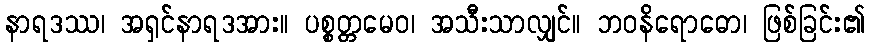
နာရဒဿ၊ အရှင်နာရဒအား။ ပစ္စတ္တမေဝ၊ အသီးသာလျှင်။ ဘဝနိရောဓော၊ ဖြစ်ခြင်း၏